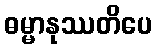
ဓမ္မာနုဿတိပေ